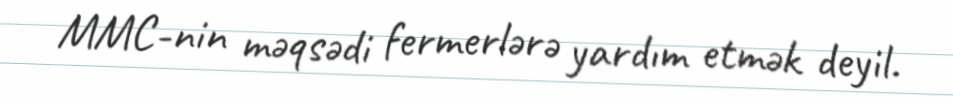
MMC-nin məqsədi fermerlərə yardım etmək deyil.